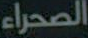
الصحراء